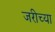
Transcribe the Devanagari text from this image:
जरीच्या